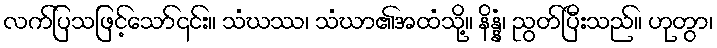
လက်ပြသဖြင့်သော်၎င်း။ သံဃဿ၊ သံဃာ၏အထံသို့။ နိန္နံ၊ ညွတ်ပြီးသည်။ ဟုတွာ၊